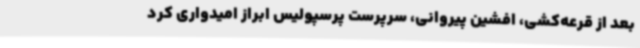
بعد از قرعه‌کشی، افشین پیروانی، سرپرست پرسپولیس ابراز امیدواری کرد